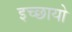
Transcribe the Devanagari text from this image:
इच्छायो